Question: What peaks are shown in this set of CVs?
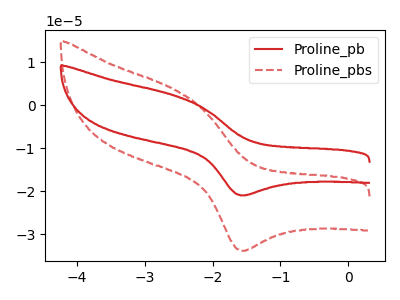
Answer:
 <answer>The red curve "Proline_pb" has an anodic peak at (-2.55V, 2.25uA) and a cathodic peak at (-1.55V, -20.95uA). The red dashed curve "Proline_pbs" has an anodic peak at (-2.55V, 3.60uA) and a cathodic peak at (-1.55V, -33.80uA).</answer>
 <eval></eval>